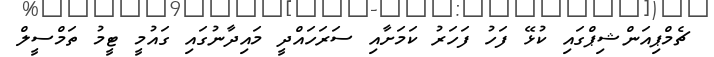
ޗެމްޕިއަންޝިޕްގައި ކުޅޭ ފަހު ފަހަރު ކަމަށާއި ސަރަހައްދީ މައިދާނުގައި ގައުމީ ޓީމު ތަމްސީލް